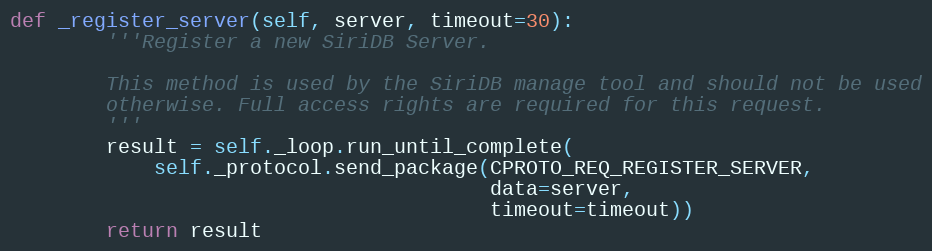
Language: Python
def _register_server(self, server, timeout=30):
        '''Register a new SiriDB Server.

        This method is used by the SiriDB manage tool and should not be used
        otherwise. Full access rights are required for this request.
        '''
        result = self._loop.run_until_complete(
            self._protocol.send_package(CPROTO_REQ_REGISTER_SERVER,
                                        data=server,
                                        timeout=timeout))
        return result